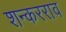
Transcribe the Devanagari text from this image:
शन्करराव